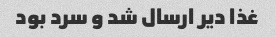
غذا دیر ارسال شد و سرد بود